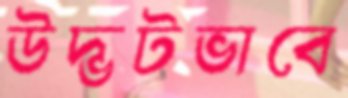
উদ্ভটভাবে